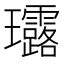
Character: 𤫢